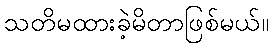
သတိမထားခဲ့မိတာဖြစ်မယ်။